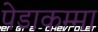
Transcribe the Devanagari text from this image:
पेडाकम्मा